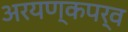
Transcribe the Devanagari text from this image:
अरयण्कपर्व